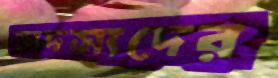
সদস্যদের